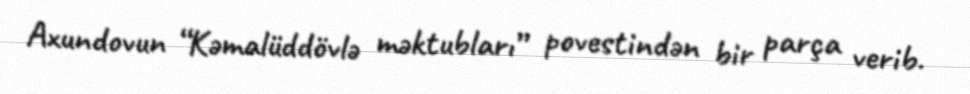
Axundovun “Kəmalüddövlə məktubları” povestindən bir parça verib.